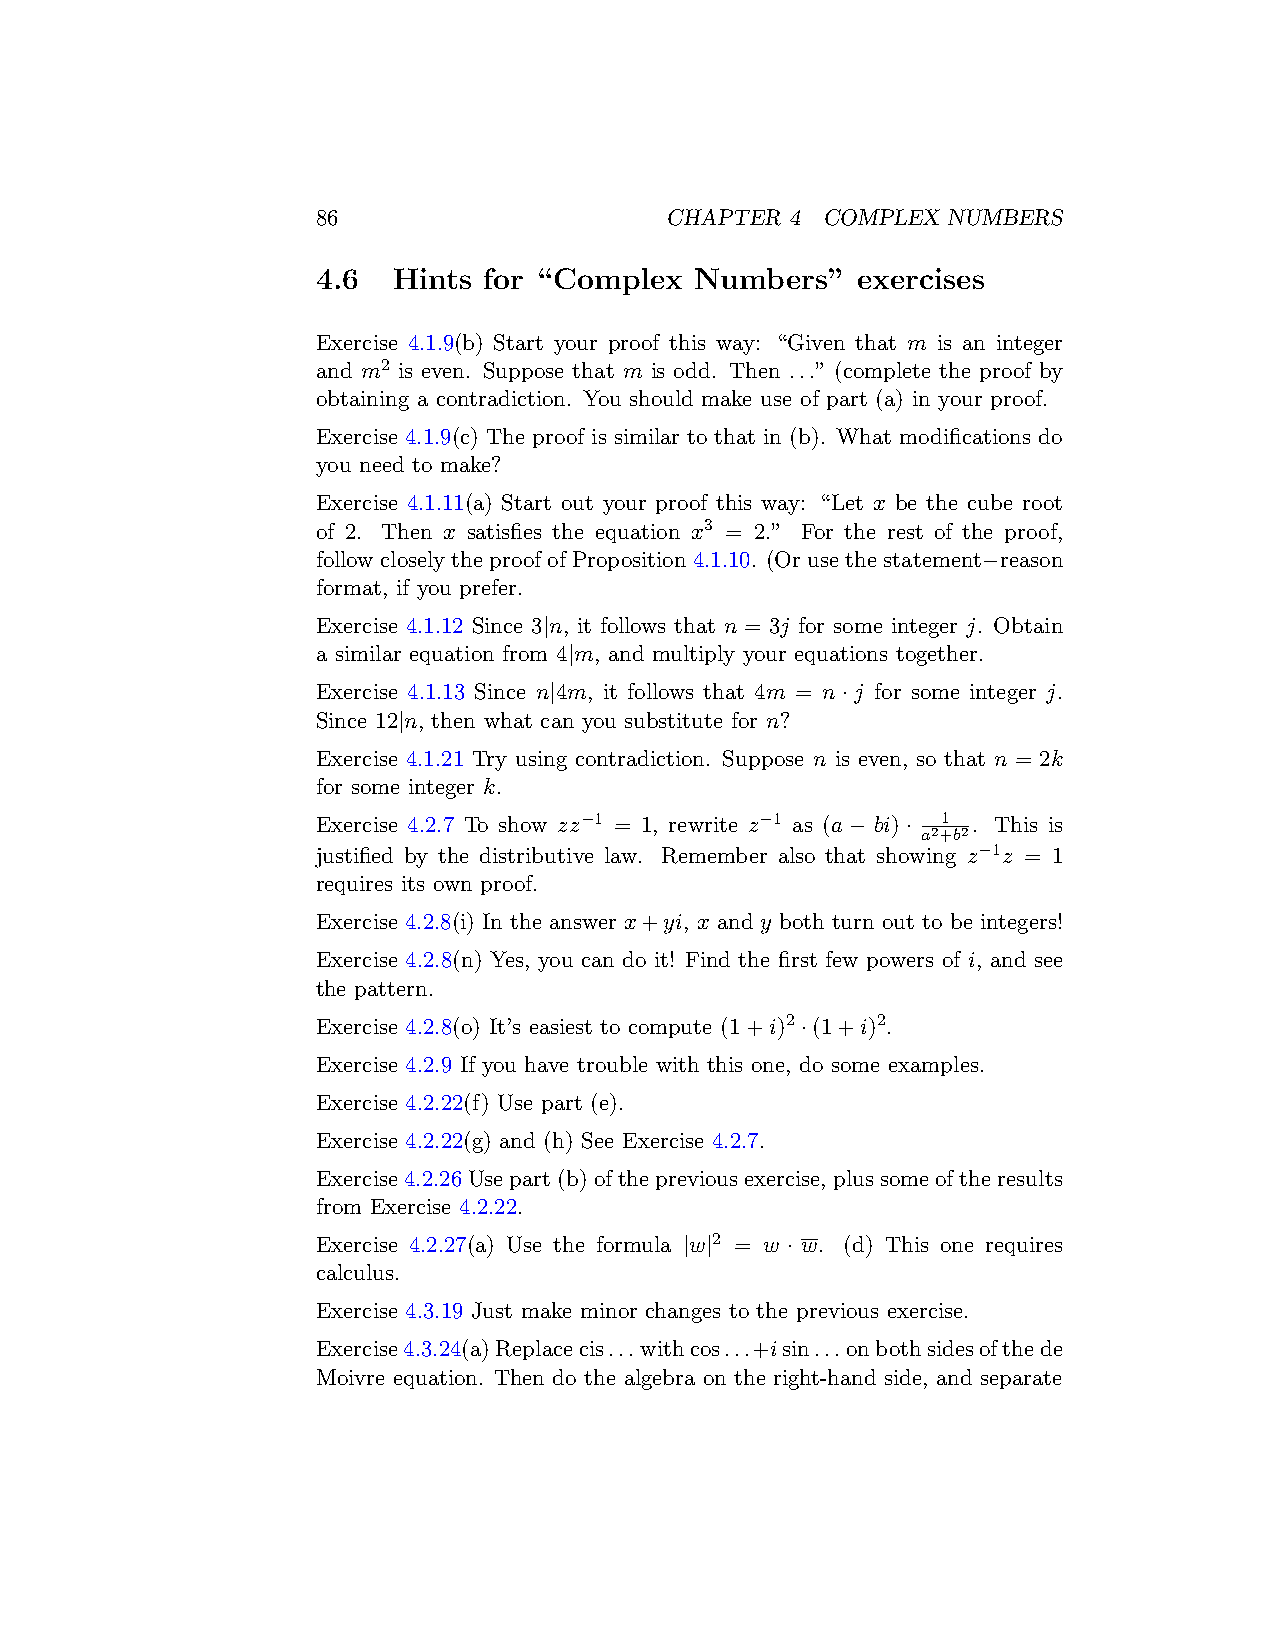
86                     CHAPTER 4 COMPLEX  NUMBERS
 4.6  Hints for “Complex  Numbers”   exercises
 Exercise 4.1.9(b) Start your proof this way: “Given that m is an integer
 and m2 is even. Suppose that m is odd. Then ...” (complete the proof by
 obtaining a contradiction. You should make use of part (a) in your proof.
 Exercise 4.1.9(c) The proof is similar to that in (b). What modifications do
 you need to make?
 Exercise 4.1.11(a) Start out your proof this way: “Let x be the cube root
 of 2. Then x satisfies the equation x3 = 2.” For the rest of the proof,
 followcloselytheproofofProposition4.1.10. (Orusethestatement−reason
 format, if you prefer.
 Exercise 4.1.12 Since 3|n, it follows that n = 3j for some integer j. Obtain
 a similar equation from 4|m, and multiply your equations together.
 Exercise 4.1.13 Since n|4m, it follows that 4m = n·j for some integer j.
 Since 12|n, then what can you substitute for n?
 Exercise 4.1.21 Try using contradiction. Suppose n is even, so that n = 2k
 for some integer k.
 Exercise 4.2.7 To show zz−1 = 1, rewrite z−1 as (a − bi) · 1 . This is
 a2+b2
 justified by the distributive law. Remember also that showing z−1z = 1
 requires its own proof.
 Exercise 4.2.8(i) In the answer x+yi, x and y both turn out to be integers!
 Exercise 4.2.8(n) Yes, you can do it! Find the first few powers of i, and see
 the pattern.
 Exercise 4.2.8(o) It’s easiest to compute (1+i)2·(1+i)2.
 Exercise 4.2.9 If you have trouble with this one, do some examples.
 Exercise 4.2.22(f) Use part (e).
 Exercise 4.2.22(g) and (h) See Exercise 4.2.7.
 Exercise4.2.26Usepart(b)ofthepreviousexercise, plussomeoftheresults
 from Exercise 4.2.22.
 Exercise 4.2.27(a) Use the formula |w|2 = w · w. (d) This one requires
 calculus.
 Exercise 4.3.19 Just make minor changes to the previous exercise.
 Exercise4.3.24(a)Replacecis...withcos...+isin...onbothsidesofthede
 Moivre equation. Then do the algebra on the right-hand side, and separate